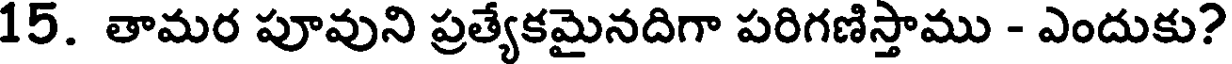
15. తామర పూవుని ప్రత్యేకమైనదిగా పరిగణిస్తాము - ఎందుకు?